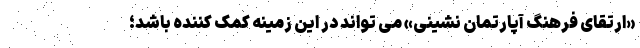
«ارتقای فرهنگ آپارتمان نشینی» می تواند در این زمینه کمک کننده باشد؛